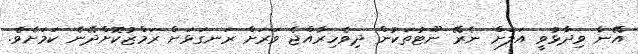
އޭނާ ވިދާޅުވީ އަލަށް ނެރޭ ނޫޓުތަކުން ދިވެހިރާއްޖެ ވަރަށް ރަނގަޅަށް ރަމްޒުކޮށްދޭނެ ކަމަށެވެ.